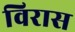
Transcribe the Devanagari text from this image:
विरास